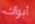
أبواك